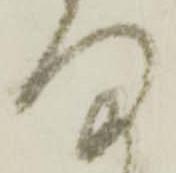
ま